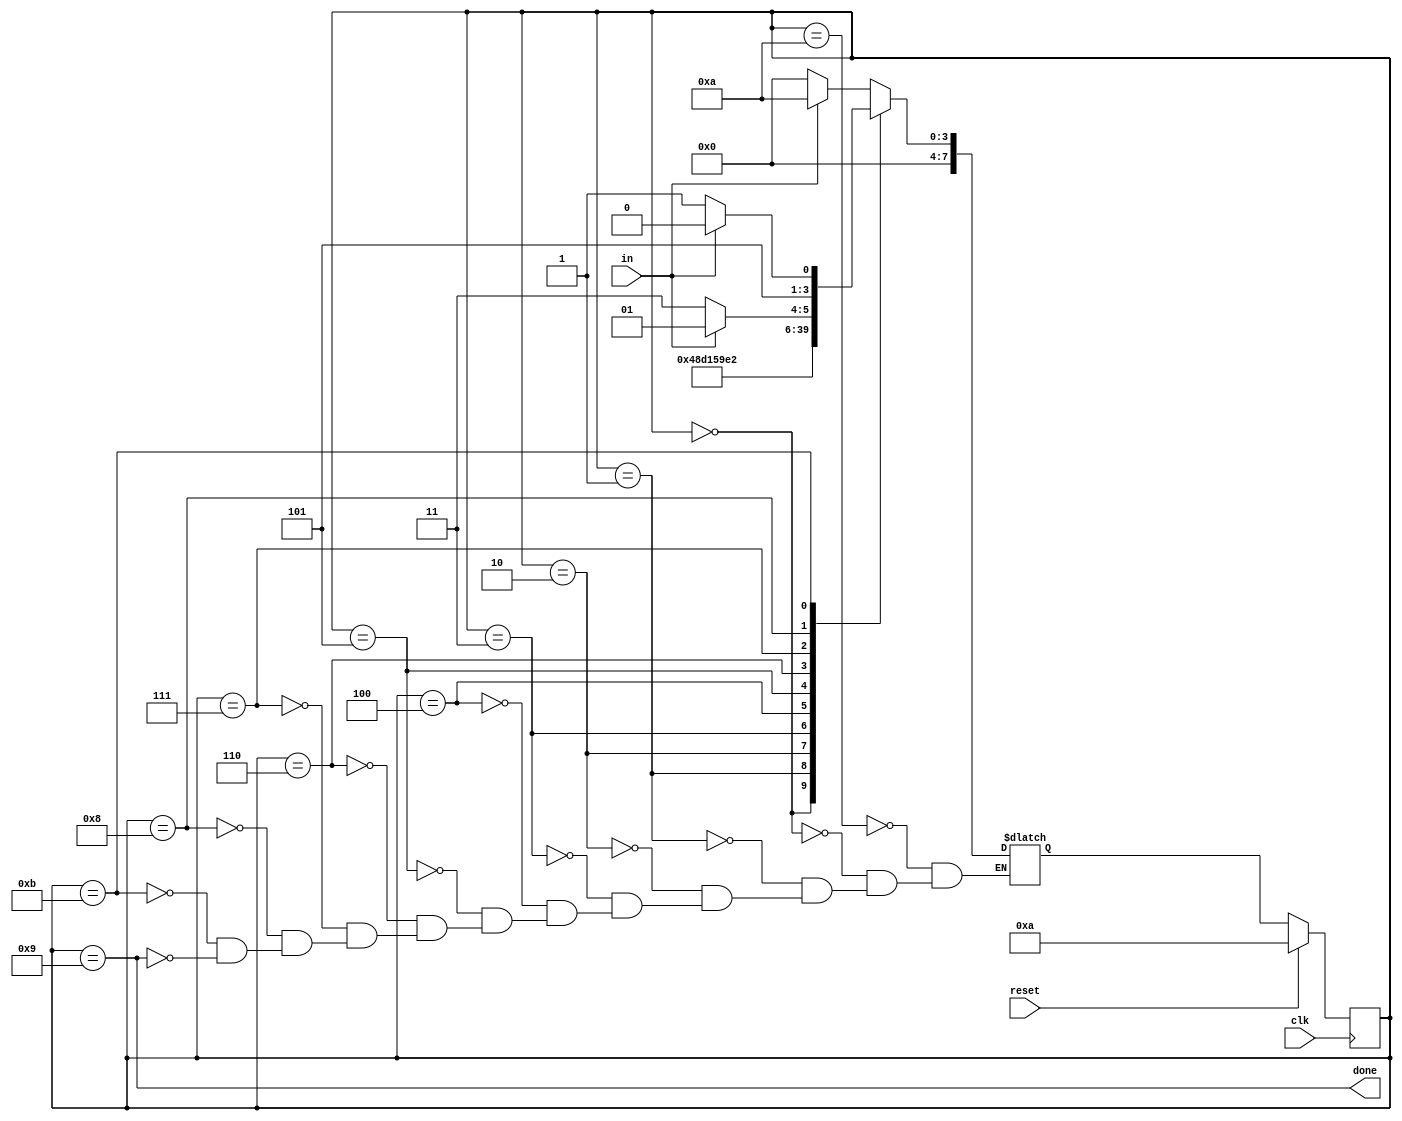
module top_module(
    input clk,
    input in,
    input reset,    // Synchronous reset
    output done
); 
    reg [7:0] state, next_state;
    parameter
    	B1=0, B2=1, B3=2, B4=3, B5=4, B6=5, B7=6, B8=7, stop=8, Dn=9, start=10, idle=11;
    
    always @ (*) begin
        case (state)
            start: next_state = in?start:B1;
            B1: next_state = B2;
            B2: next_state = B3;
            B3: next_state = B4;
            B4: next_state = B5;
            B5: next_state = B6;
            B6: next_state = B7;
            B7: next_state = B8;
            B8: next_state = stop;
            stop: next_state = in?Dn:idle;
            idle: next_state = in?start:idle;
            Dn: next_state = in?start:B1;
		endcase
    end
    
    always @ (posedge clk) begin
        if (reset)
            state <= start;
        else
            state <= next_state;
    end
    
    assign done = (state==Dn);

endmodule

//
// module top_module(
//     input clk,
//     input in,
//     input reset,    // Synchronous reset
//     output done
// ); 
    
//     reg [31:0] state;
//     always @(posedge clk) begin
//         if (reset) 
//             state <= 0;
//         else begin
//             case (state)
//                 0: begin
//                     if (in==0)
//                         state <= 1;
//                     else
//                         state <= 0;
//                 end
//                 1,2,3,4,5,6,7,8: 
//                     state <= state + 1;
//                 9: begin
//                     if (in==1)
//                         state <= 10;
//                     else
//                         state <= 11;
//                 end
//                 10: begin
//                     if (in==0)
//                         state <=1;
//                     else
//                         state <= 0;
//                 end
//                 11: begin
//                     if (in==1)
//                         state <= 0;
//                     else
//                         state <= 11;
//                 end       
//             endcase
//         end
//     end
	
//     assign done = (state==10)?1:0;

// endmodule